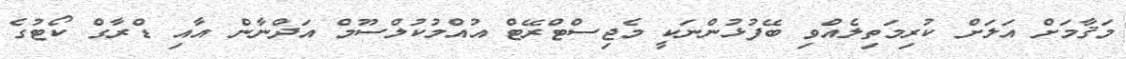
މަޤާމަށް އަލަށް ކުރިމަތިލެއްވި ބޭފުޅުންނަކީ މެޖިސްޓްރޭޓް އުއްމުކުލްސޫމް އަދްނާން އާއި ޑްރާގް ކޯޓުގެ